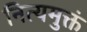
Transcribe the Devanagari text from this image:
नित्यमुक्तं